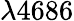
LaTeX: \lambda 4686